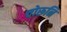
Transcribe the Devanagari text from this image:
चोरूनि